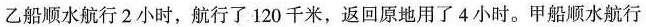
乙船顺水航行2小时，航行了120千米，返回原地用了4小时。甲船顺水航行